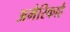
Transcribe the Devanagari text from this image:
अमेरिकाहै